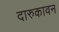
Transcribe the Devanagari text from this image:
दारुकावन